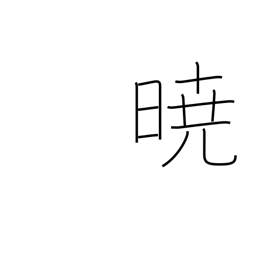
Meaning: in the event